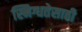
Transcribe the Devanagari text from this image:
स्निग्धतेसाठी